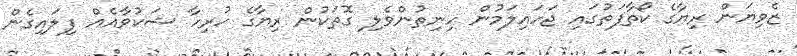
ޒެވިޔަން ރިޔާގެ ކޯތާފަތުގައި ޖަހައިލަމުން ހިނިތުންވެލި ގޮތަކުން ރިޔާގެ ހުރިހާ ޝަކުވާއެއް ފިލައިގެން